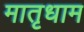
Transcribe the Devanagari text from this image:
मातृधाम